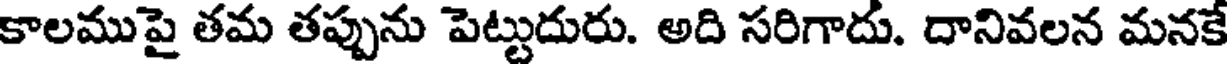
కాలముపై తమ తప్పును పెట్టుదురు. అది సరిగాదు. దానివలన మనకే